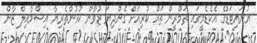
ޔުނައިޓަޑްގެ އެކެޑެމީގައި ތަމްރީން ތައް ކުރިއަށް ގެންދިޔަ ޒުވާން ކުޅުންތެރިޔާ އިސްމާއިލް ޒާން